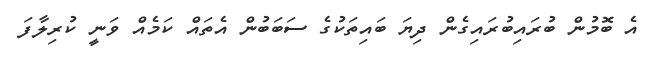
އެ ބޮމުން ބުރައިބުރައިގެން ދިޔަ ބައިތަކުގެ ސަބަބުން އެތައް ކަމެއް ވަނީ ކުރިލާފަ